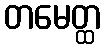
တမေတ္ထ